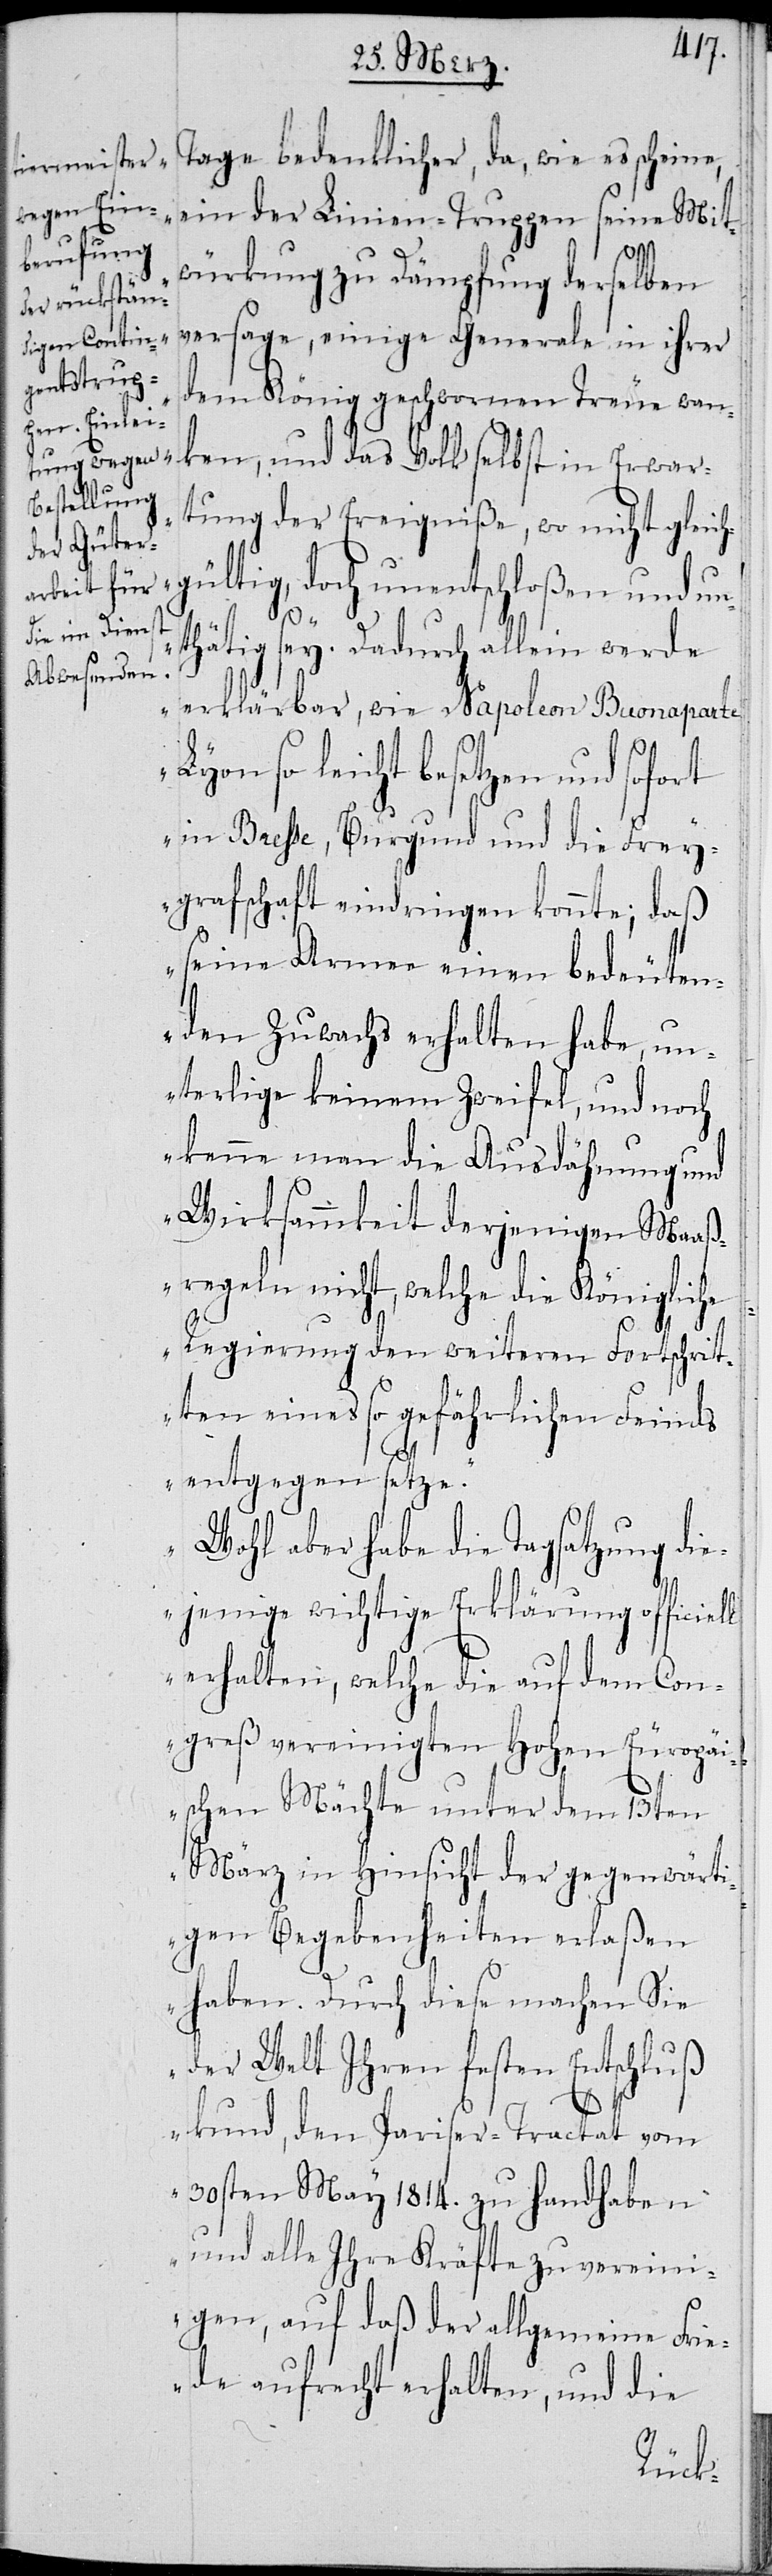
[T¬

Tage bedenklicher, da, wie es scheine,
eil] der Linien-Truppen seine Mit¬
würkung zu Dämpfung derselben
versage, einige Generale in ihrer
dem König geschwornen Treue wan¬
ken, und das Volk selbst in Erwar¬
tung der Ereigniße, wo nicht gleich¬
gültig, doch unentschloßen und un¬
thätig sey. Dadurch allein werde
erklärbar, wie Napoleon Buonaparte
Lyon so leicht besetzen und sofort
in Bresse, Burgund und die Frey¬
grafschaft eindringen konnte; daß
seine Armee einen bedeuten¬
den Zuwachs erhalten habe, un¬
terlige keinem Zweifel, und noch
kenne man die Ausdähnung und
Wirksammkeit derjenigen Maaß¬
regeln nicht, welche die Königliche
Regierung den weiteren Fortschrit¬
ten eines so gefährlichen Feinds
entgegen setze.
Wohl aber habe die Tagsatzung die¬
jenige wichtige Erklärung officiell
erhalten, welche die auf dem Con¬
greß vereinigten Hohen Europä¬
ischen Mächte unter dem 13ten
März in Hinsicht der gegenwärti¬
gen Begebenheiten erlaßen
haben. Durch diese machen Sie
der Welt ihren festen Entschluß
Kund, den Pariser-Tractat vom
30sten May 1814. zu handhaben
und alle ihre Kräfte zu vereini¬
gen, auf daß der allgemeine Frie¬
de aufrecht erhalten, und die